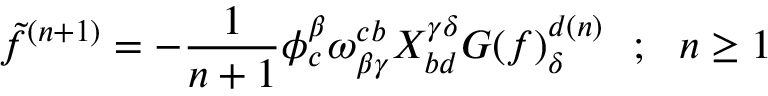
\tilde { f } ^ { ( n + 1 ) } = - { \frac { 1 } { n + 1 } } \phi _ { c } ^ { \beta } \omega _ { \beta \gamma } ^ { c b } X _ { b d } ^ { \gamma \delta } G ( f ) _ { \delta } ^ { d ( n ) } ~ ~ ; ~ ~ n \ge 1